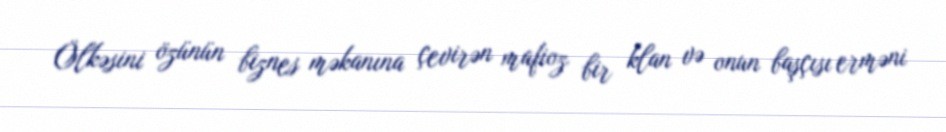
Ölkəsini özünün biznes məkanına çevirən mafioz bir klan və onun başçısı erməni